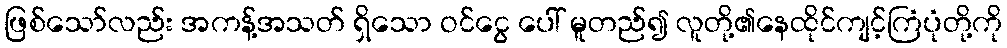
ဖြစ်သော်လည်း အကန့်အသတ် ရှိသော ဝင်ငွေ ပေါ် မူတည်၍ လူတို့၏နေထိုင်ကျင့်ကြံပုံတို့ကို